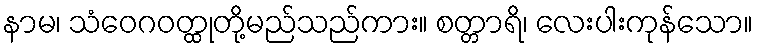
နာမ၊ သံဝေဂဝတ္ထုတို့မည်သည်ကား။ စတ္တာရိ၊ လေးပါးကုန်သော။